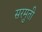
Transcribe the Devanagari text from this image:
सरमुती